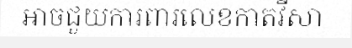
អាចជួយការពារលេខកាតវីសា